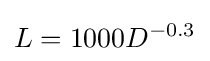
L=1000D^{-0.3}